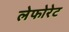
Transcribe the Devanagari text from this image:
लेफोरेट